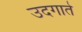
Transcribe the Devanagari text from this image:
उदगाते